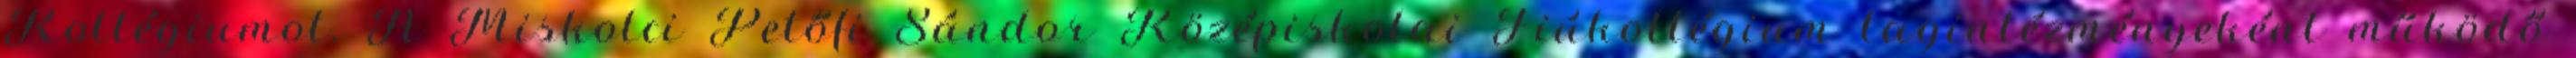
Kollégiumot. A Miskolci Petőfi Sándor Középiskolai Fiúkollégium tagintézményeként működő